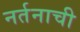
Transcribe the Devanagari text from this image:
नर्तनाची